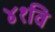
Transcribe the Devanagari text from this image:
४१वि